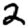
Digit: 2